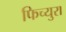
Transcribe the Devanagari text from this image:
फिच्युरा